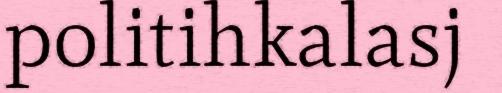
politihkalasj